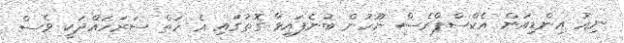
ނިއު އިންޑިއަން އެކްސްޕްރެސް ނޫހުން ބުނެފައިވާ ގޮތުގައި އެ ހަތް ސަރަހައްދަކީ ވެސް